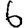
Digit: 6